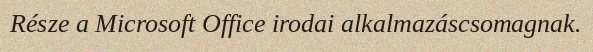
Része a Microsoft Office irodai alkalmazáscsomagnak.